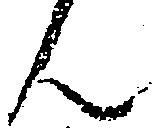
ん